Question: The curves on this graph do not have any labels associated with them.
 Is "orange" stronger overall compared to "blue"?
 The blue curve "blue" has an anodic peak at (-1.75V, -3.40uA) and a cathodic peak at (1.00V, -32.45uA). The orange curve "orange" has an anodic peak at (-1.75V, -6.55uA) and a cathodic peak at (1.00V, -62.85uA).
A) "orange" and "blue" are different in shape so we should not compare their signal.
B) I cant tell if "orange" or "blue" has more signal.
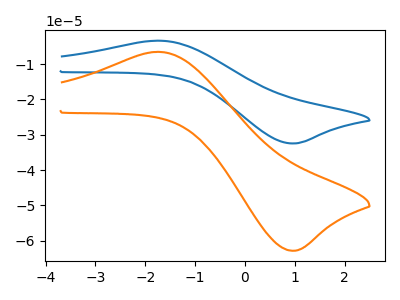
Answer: <think>All the peaks in "orange" have a peak in "blue" at the same potential.
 </think>
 <answer>B) I cant tell if "orange" or "blue" has more signal.</answer>
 <eval>B</eval>